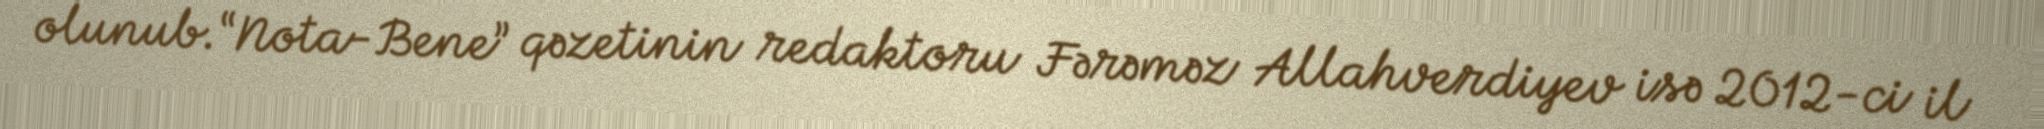
olunub.“Nota-Bene” qəzetinin redaktoru Fərəməz Allahverdiyev isə 2012-ci il